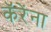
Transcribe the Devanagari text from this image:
कॅरेंना